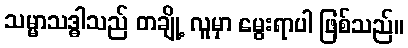
သမ္မာသဒ္ဓါသည် တချို့ လူမှာ မွေးရာပါ ဖြစ်သည်။